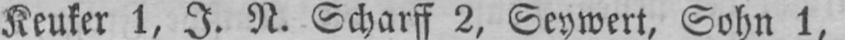
Keuker 1, J. N. Scharff 2, Seywert, Sohn 1,